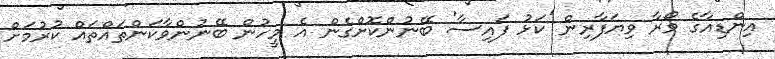
އިންޑިއާގެ ވޯރާ ވިޔަފާރިން 'ކަޅު ފައިސާ' ބޭނުންކޮށްގެން އެ މީހުން ބޭނުންވާކަންތައްތައް ކުރުމަށް